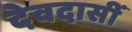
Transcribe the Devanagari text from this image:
देवदासीं